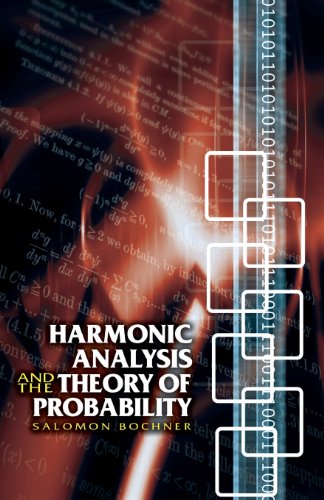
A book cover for Harmonic Analysis and the Theory of Probability (Dover Books on Mathematics); Salomon Bochner; Science & Math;